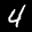
Label: 4